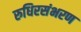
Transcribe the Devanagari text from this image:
रुधिरसंभरण